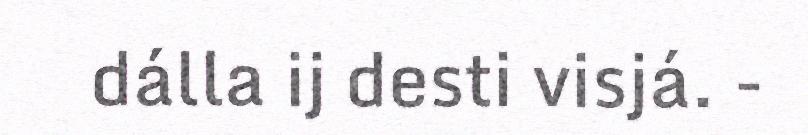
dálla ij desti visjá. -